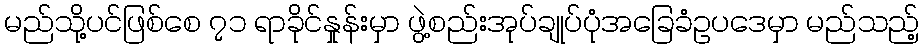
မည်သို့ပင်ဖြစ်စေ ၇၁ ရာခိုင်နှုန်းမှာ ဖွဲ့စည်းအုပ်ချုပ်ပုံအခြေခံဥပဒေမှာ မည်သည့်